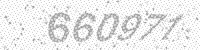
Solution: 660971